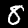
Label: 8